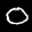
Label: 0